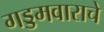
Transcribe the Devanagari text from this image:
गड्डमवाराचे